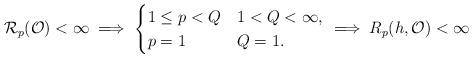
LaTeX: \begin{align*}\mathcal R_{p}(\mathcal O)<\infty \implies \begin{cases}1\leq p<Q & 1< Q<\infty,\\p=1 & Q=1.\end{cases}\implies R_{p}(h,\mathcal O)<\infty\end{align*}